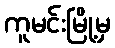
ကူမင်းမြို့မှ